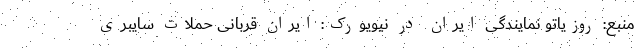
منبع: روزیاتو نمایندگی ایران در نیویورک: ایران قربانی حملات سایبری